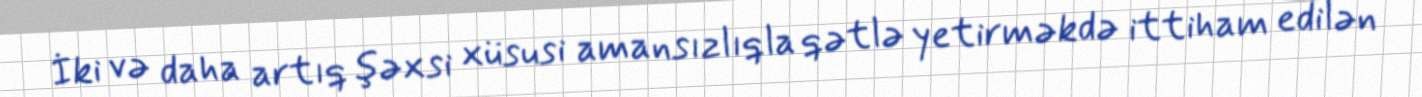
İki və daha artıq şəxsi xüsusi amansızlıqla qətlə yetirməkdə ittiham edilən